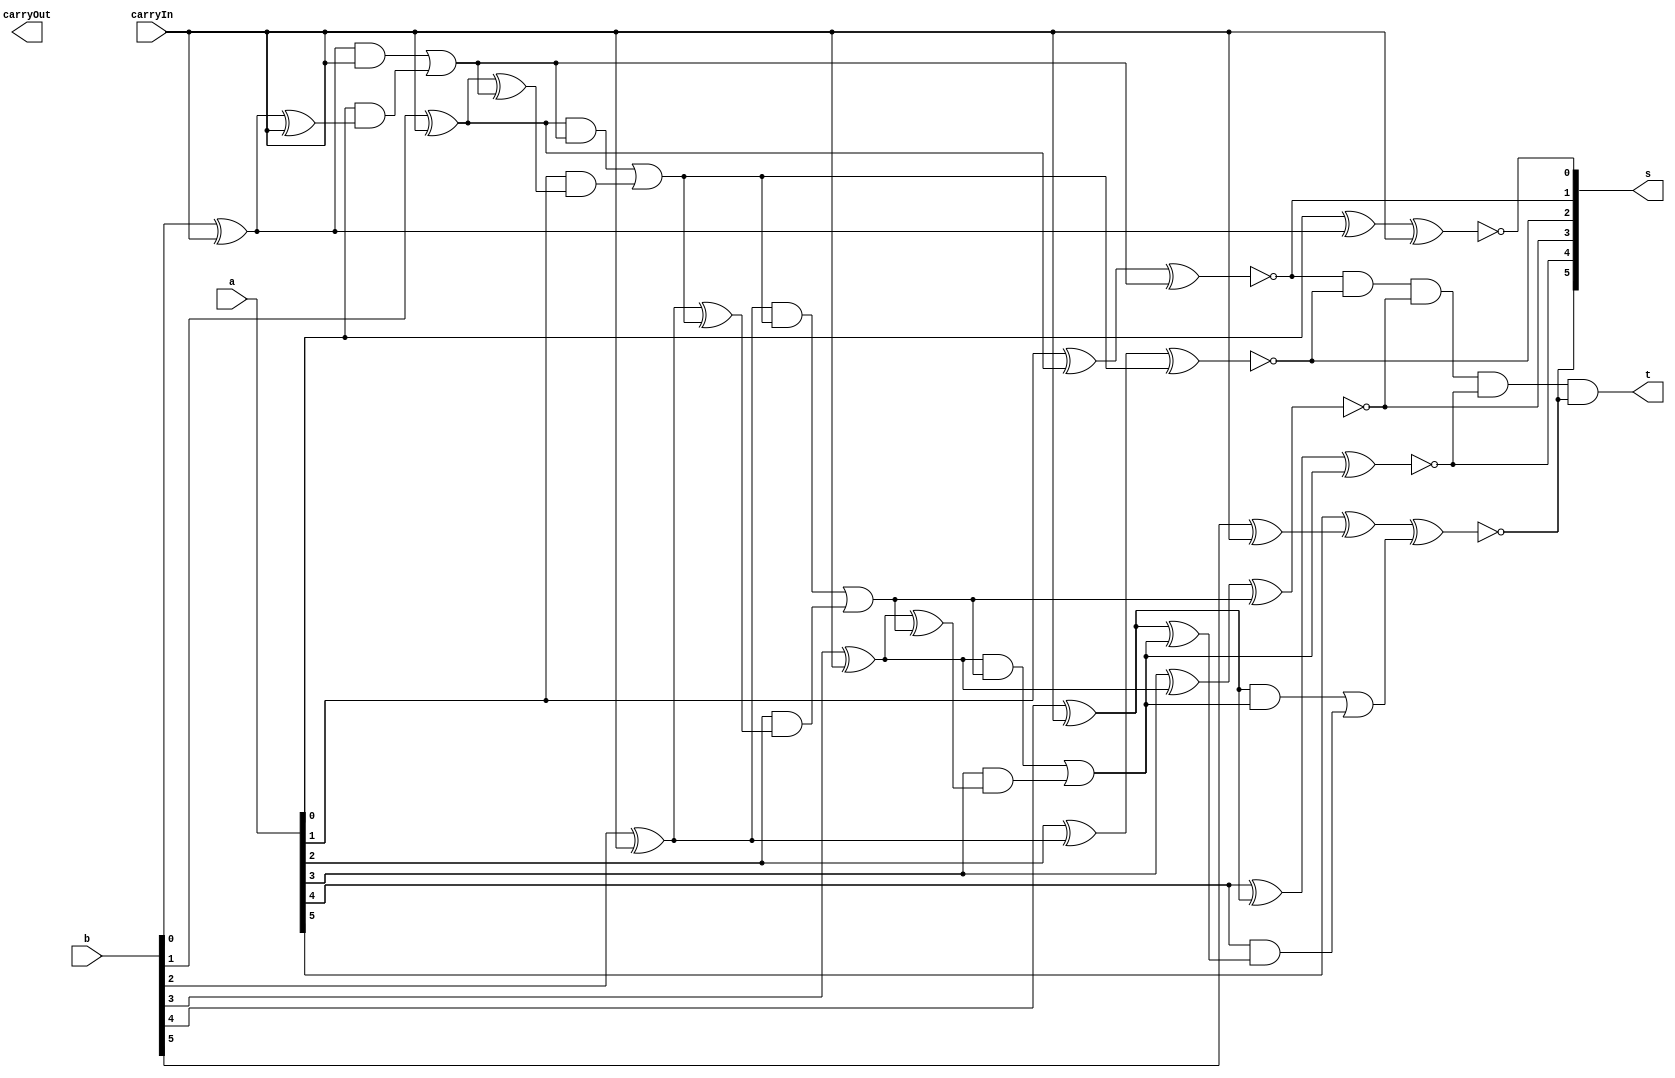
// ------------------------- 
// Exemplo0032 - RESULTADO DA OPERAO
// Nome: Camila Guedes Silveira 
// ------------------------- 

// ------------------------- 
// resultado
// ------------------------- 

module resultado (output [5:0]s, input [5:0]a, input [5:0]b, input carryIn, output carryOut, output t); 
	// descrever por portas 
	
	wire zero = 0;
	
	assign s[0] = ~(((a[0] ^ (b[0] ^ carryIn)) ^ carryIn) | zero);
	assign c1 = ((b[0] ^ carryIn) & carryIn) | (a[0] &((b[0] ^ carryIn) ^ carryIn));
	
	assign s[1] = ~(((a[1] ^ (b[1] ^ carryIn)) ^ c1) | zero);
	assign c2 = ((b[1] ^ carryIn) & c1) | (a[1] &((b[1] ^ carryIn) ^ c1));
	
	assign s[2] = ~(((a[2] ^ (b[2] ^ carryIn)) ^ c2) | zero);
	assign c3 = ((b[2] ^ carryIn) & c2) | (a[2] &((b[2] ^ carryIn) ^ c2));
	
	assign s[3] = ~(((a[3] ^ (b[3] ^ carryIn)) ^ c3) | zero);
	assign c4 = ((b[3] ^ carryIn) & c3) | (a[3] &((b[3] ^ carryIn) ^ c3));
	
	assign s[4] = ~(((a[4] ^ (b[4] ^ carryIn)) ^ c4) | zero);
	assign c5 = ((b[4] ^ carryIn) & c4) | (a[4] &((b[4] ^ carryIn) ^ c4));
	
	assign s[5] = ~(((a[5] ^ (b[5] ^ carryIn)) ^ c5) | zero);
	assign c6 = ((b[5] ^ carryIn) & c5) | (a[5] &((b[5] ^ carryIn) ^ c5));
	
	assign t = (s[1] & s[2] & s[3] & s[4] & s[5]);
	
	
endmodule // resultado 

module test_resultado; 
// ------------------------- definir dados 
	reg [5:0] x; 
	reg [5:0] y; 
	reg carryIn;
	wire carryOut;
	wire [5:0]s; 
	wire r;
	
// ------------------------- instancia
	resultado modulo(s, x, y, carryIn, carryOut, r);

// ------------------------- parte principal 
	initial begin 
		$display("Exemplo0032 - Camila Guedes Silveira - 427393"); 
		$display("Teste Resultado do Somador Algbrico"); 
		
		x = 6'b000001;
		y = 6'b000001;
		carryIn = 1;
		
		#1 $display("%b - %b = %b", x, y, r);
		
		x = 6'b100000;
		y = 6'b000001;
		carryIn = 0;
		
		#1 $display("%b + %b = %b", x, y, r);
		
		x = 6'b000111;
		y = 6'b000001;
		carryIn = 1;
		
		#1 $display("%b - %b = %b", x, y, r);
		
		x = 6'b000001;
		y = 6'b000010;
		carryIn = 0;
		
		#1 $display("%b + %b = %b", x, y, r);
	
	end 
endmodule // test_resultado